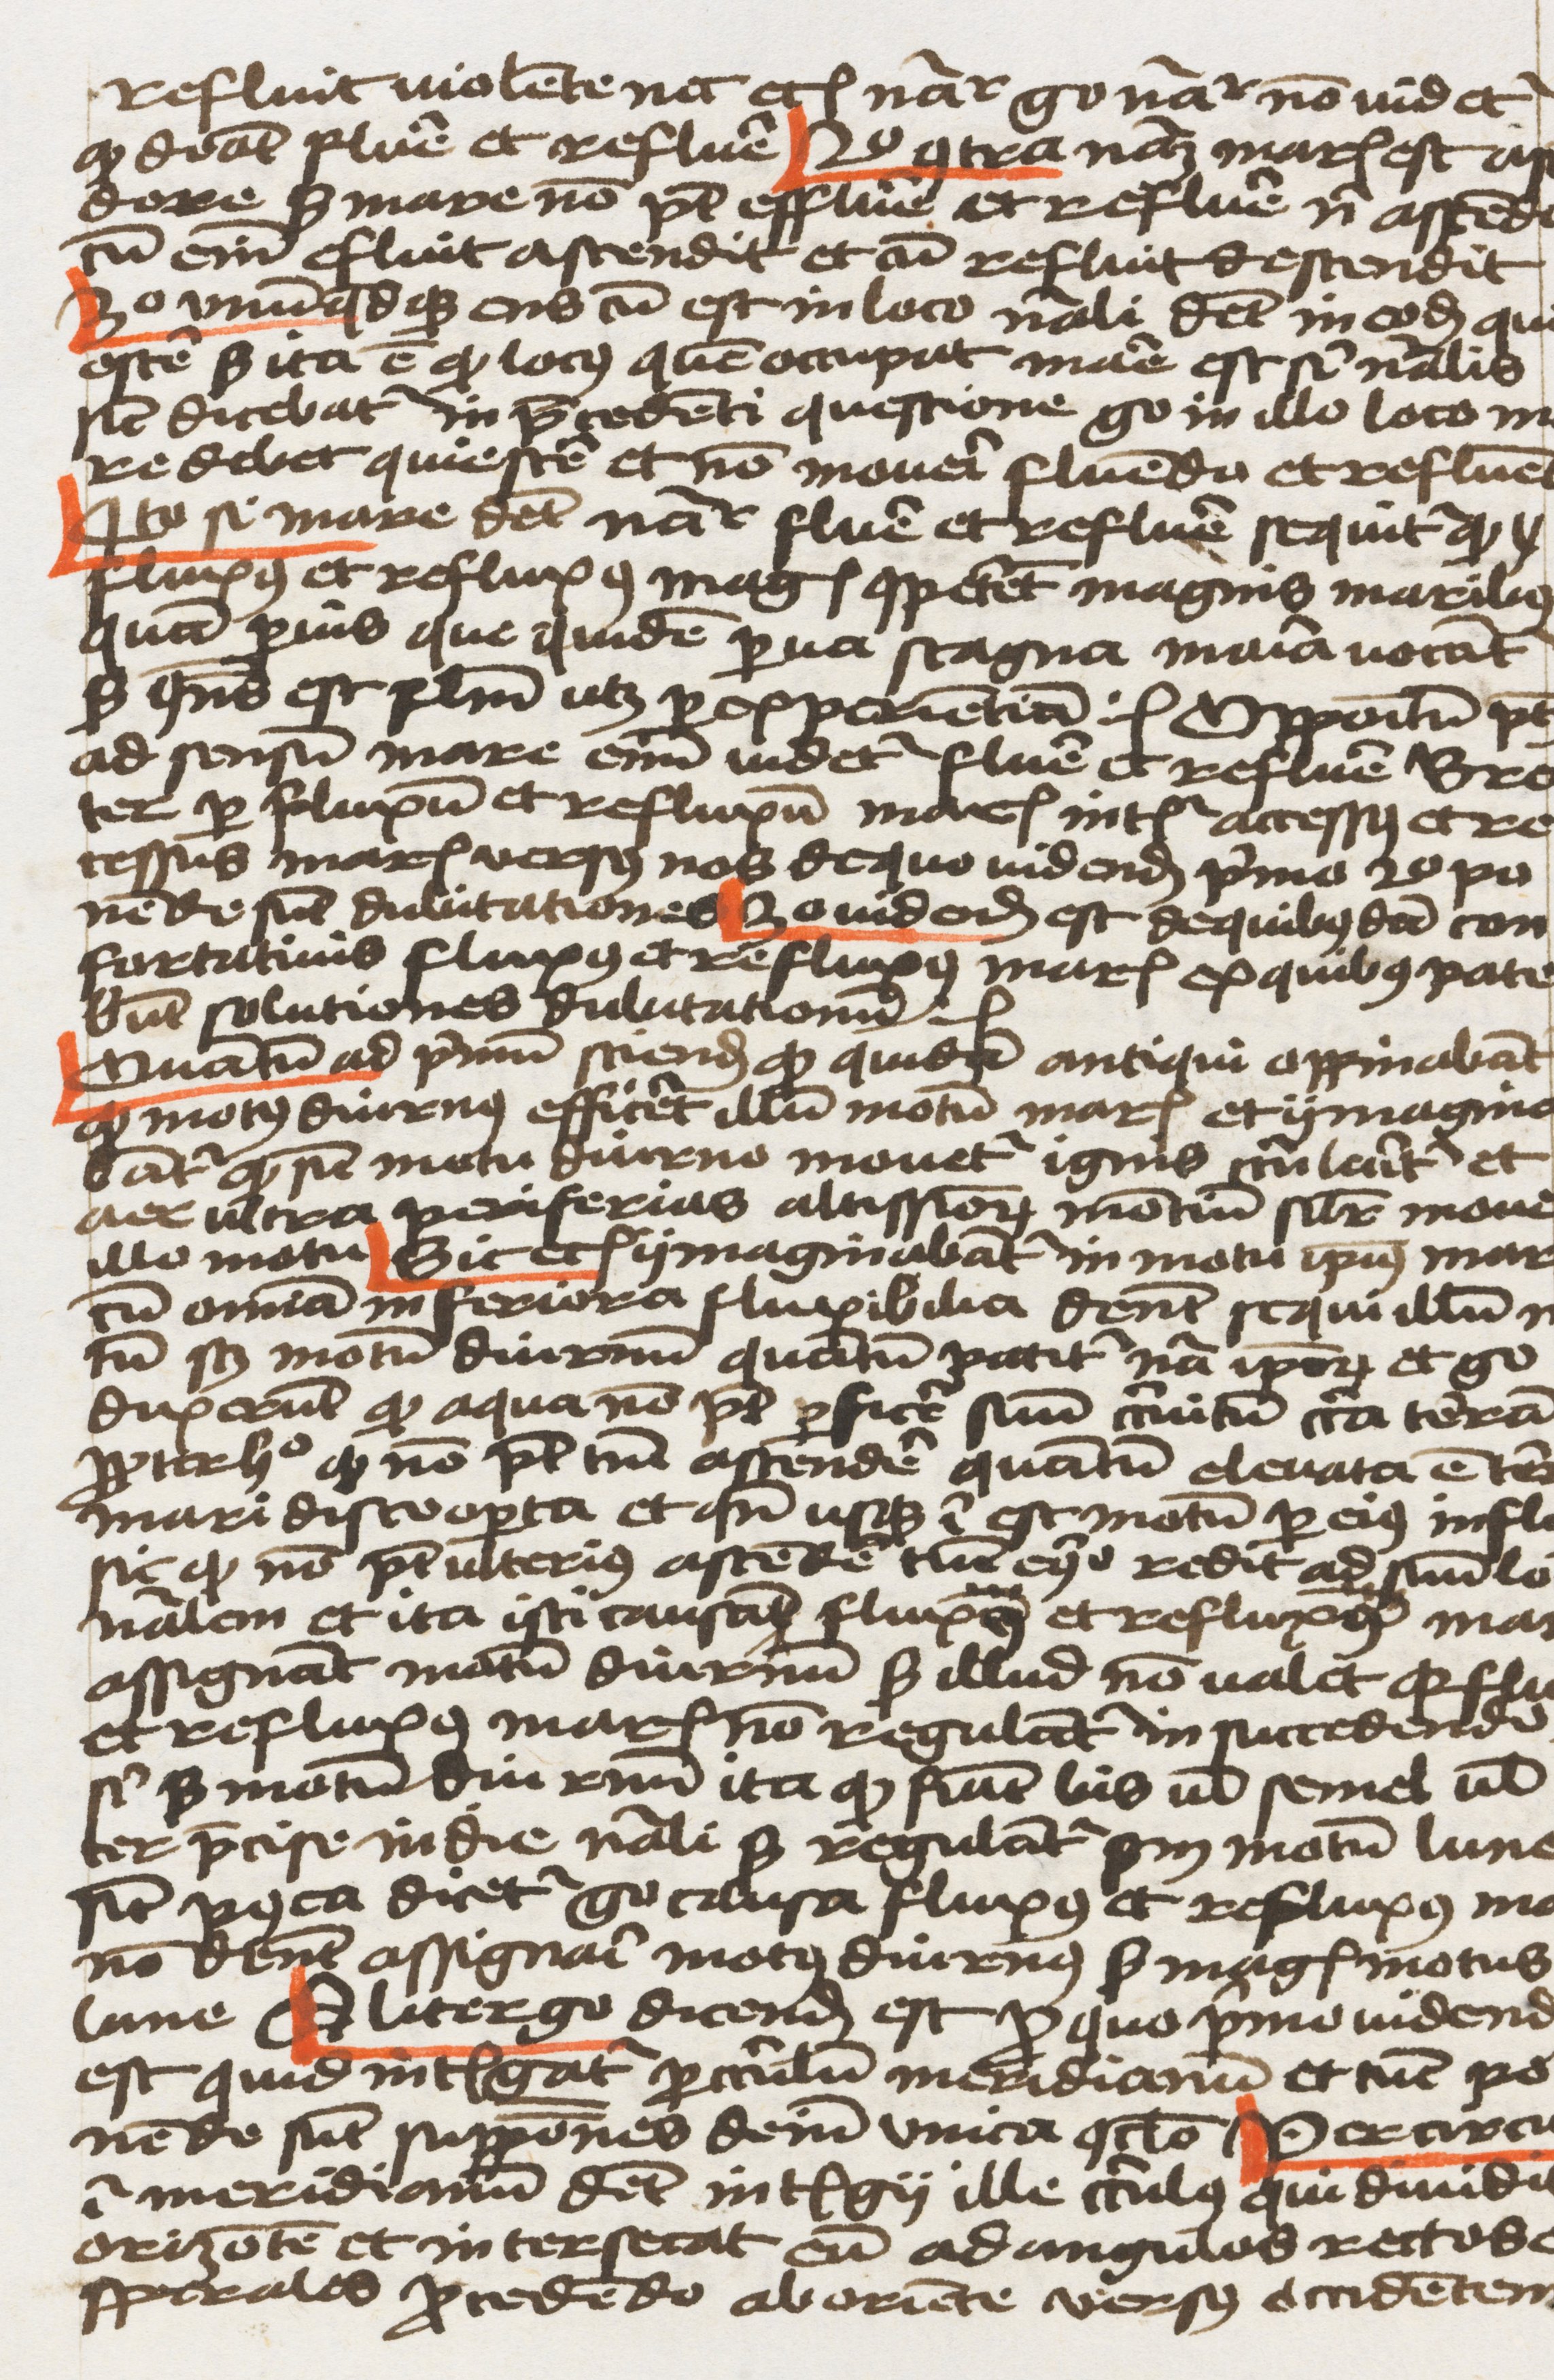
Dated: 1459–1459